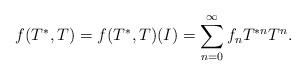
LaTeX: \begin{align*}f(T^*,T) = f(T^*,T)(I) = \sum_{n=0}^{\infty} f_n T^{*n} T^n.\end{align*}